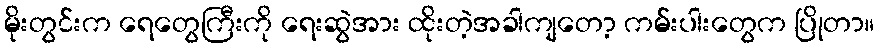
မိုးတွင်းက ရေတွေကြီးကို ရေးဆွဲအား ထိုးတဲ့အခါကျတော့ ကမ်းပါးတွေက ပြိုတာ။